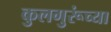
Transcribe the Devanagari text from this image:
कुलगुरूंच्या